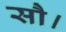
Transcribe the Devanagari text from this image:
सौ।